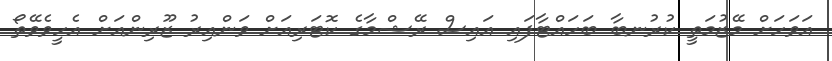
އަވަހަށް މޭޒުމަތީ ކުރުނބާ ބަހައްޓާފައި އައިސް ރޭޝްމާގެ ކޮޓަރިއަށް ވަންއިރު ޒޫރިންއަށް އެހީވެވޭތޯ